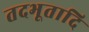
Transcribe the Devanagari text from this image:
तदभूतादि